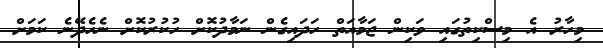
މިހާރު އެ މިސްކިތުގައި ވަކިން ޖަމާއަތް ހަދައިގެން ނަމާދުކޮށް ހުކުރުކޮށް ނެހެދޭނެ ކަމަށް